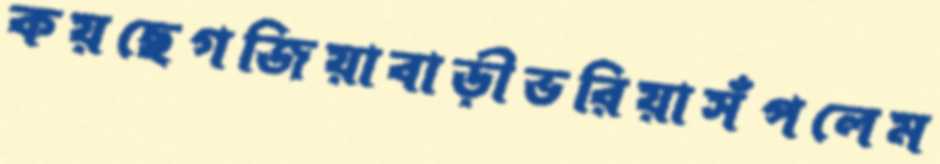
কয়ছেগজিয়াবাড়ীভরিয়াসঁপলেম